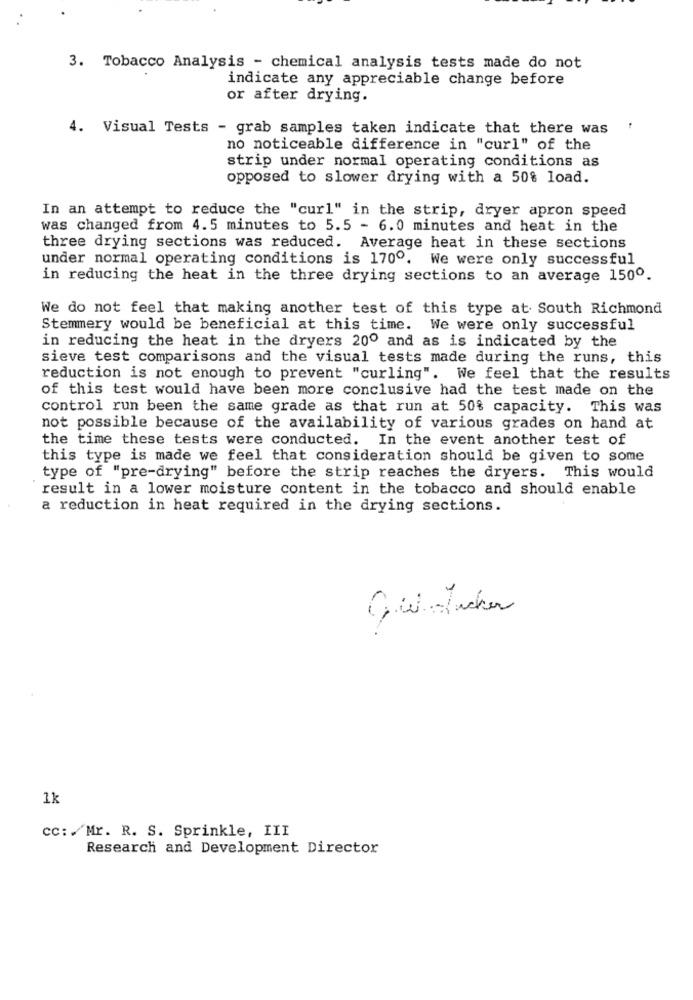
3. Tobacco Analysis - chemical analysis tests made do not
indicate any appreciable change before
or after drying.
4. Visual Tests - grab samples taken indicate that there was
no noticeable difference in "curl" of the
strip under normal operating conditions as
opposed to slower drying with a 50% load.
In an attempt to reduce the "curl" in the strip, dryer apron speed
was changed from 4.5 minutes to 5.5 - 6.0 minutes and heat in the
three drying sections was reduced. Average heat in these sections
under normal operating conditions is 1700. We were only successful
in reducing the heat in the three drying sections to an average 1500.
We do not feel that making another test of this type at South Richmond
Stemmery would be beneficial at this time. We were only successful
in reducing the heat in the dryers 200 and as is indicated by the
sieve test comparisons and the visual tests made during the runs, this
reduction is not enough to prevent "curling". We feel that the results
of this test would have been more conclusive had the test made on the
control run been the same grade as that run at 50% capacity. This was
not possible because of the availability of various grades on hand at
the time these tests were conducted. In the event another test of
this type is made we feel that consideration should be given to some
type of "pre-drying" before the strip reaches the dryers. This would
result in a lower moisture content in the tobacco and should enable
a reduction in heat required in the drying sections.
Gul-Ticker
1k
cc: . Mr. R. S. Sprinkle, III
Research and Development Director